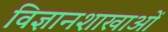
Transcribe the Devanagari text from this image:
विज्ञानशाखाओं